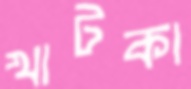
খাটকা